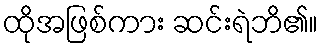
ထိုအဖြစ်ကား ဆင်းရဲဘိ၏။